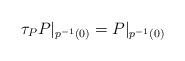
LaTeX: \begin{align*}\tau_{P} P|_{p^{-1}(0)}=P|_{p^{-1}(0)}\end{align*}